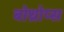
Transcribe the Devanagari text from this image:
बोथ्रोप्स